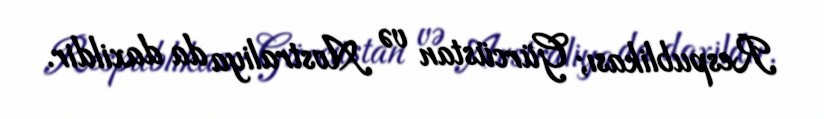
Respublikası; Gürcüstan və Avstraliya da daxildir.